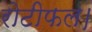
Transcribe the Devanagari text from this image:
रोटीफल।